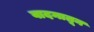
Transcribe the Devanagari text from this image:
वादनातून